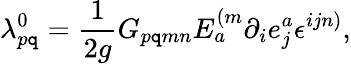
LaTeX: \lambda_{p\mathtt{q}}^{0}=\frac{{1}}{{2g}}G_{p\mathtt{q}mn}E_{a}^{(m}\partial_{i}e_{j}^{a}\epsilon^{ijn)},